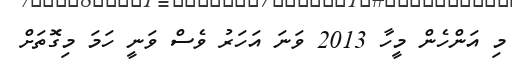
މި އަންހެން މީހާ 2013 ވަނަ އަހަރު ވެސް ވަނީ ހަމަ މިގޮތަށް